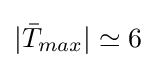
|{\bar {T}}_{max}|\simeq 6